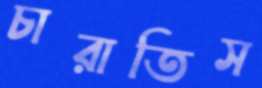
চারাতিস